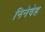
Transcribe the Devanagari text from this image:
निनेवेह